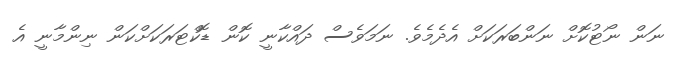
ނަން ނޯޓުކޮށް ނަންބަރަކަށް އެދެމެވެ. ނަމަވެސް ދައްކާނީ ކޮން ޑޮކްޓަރަކަށްކަން ނިންމާނީ އެ